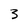
Character: 3